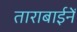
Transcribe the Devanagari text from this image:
ताराबाईनें